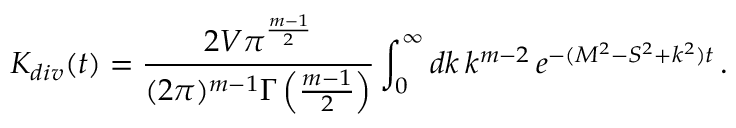
K _ { d i v } ( t ) = \frac { 2 V \pi ^ { \frac { m - 1 } { 2 } } } { ( 2 \pi ) ^ { m - 1 } \Gamma \left( \frac { m - 1 } { 2 } \right) } \int _ { 0 } ^ { \infty } d k \, k ^ { m - 2 } \, e ^ { - ( M ^ { 2 } - S ^ { 2 } + k ^ { 2 } ) t } \, .